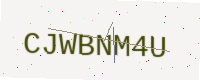
Text: CJWBNM4U